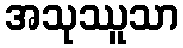
အသုဿူသာ